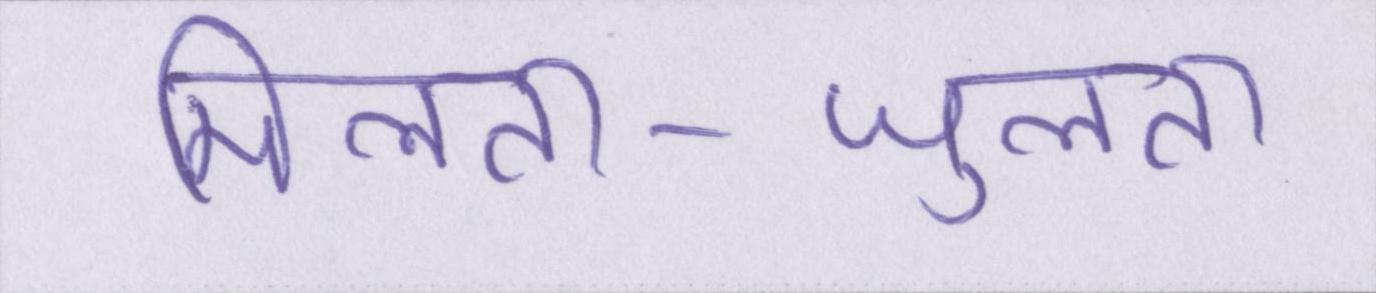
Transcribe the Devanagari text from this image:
मिलता-जुलता